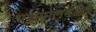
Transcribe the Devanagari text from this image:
पशुपालनक्षेत्रे